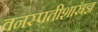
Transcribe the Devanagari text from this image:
वनस्पतीशास्रज्ञ